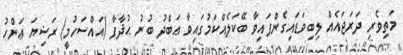
މަތިވެރި ދަރަޖައެއް ލިބިވަޑައިގެންފައިވާ ބޭކަލެއްކަމުގައިވާ ޢަބްދު ބުނު ޙުޛާފާ (އައްސަހުމީ) ރަޟިޔަ ޢަންހު